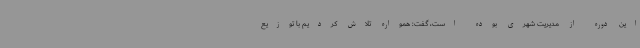
این دوره از مدیریت شهری بوده است، گفت: همواره تلاش کردیم با توزیع